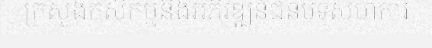
ក្រសួងកសិកម្មនិងអភិវឌ្ឍន៍ជនបទសហការ